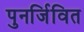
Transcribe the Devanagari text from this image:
पुनर्जिवित